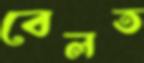
বেলত